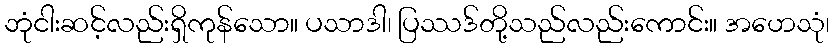
ဘုံငါးဆင့်လည်းရှိကုန်သော။ ပသာဒါ၊ ပြဿဒ်တို့သည်လည်းကောင်း။ အဟေသုံ၊